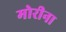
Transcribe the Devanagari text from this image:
मोरीना